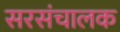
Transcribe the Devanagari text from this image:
सरसंचालक